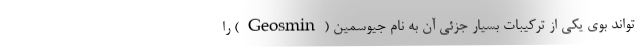
تواند بوی یکی از ترکیبات بسیار جزئی آن به نام جیوسمین (Geosmin) را